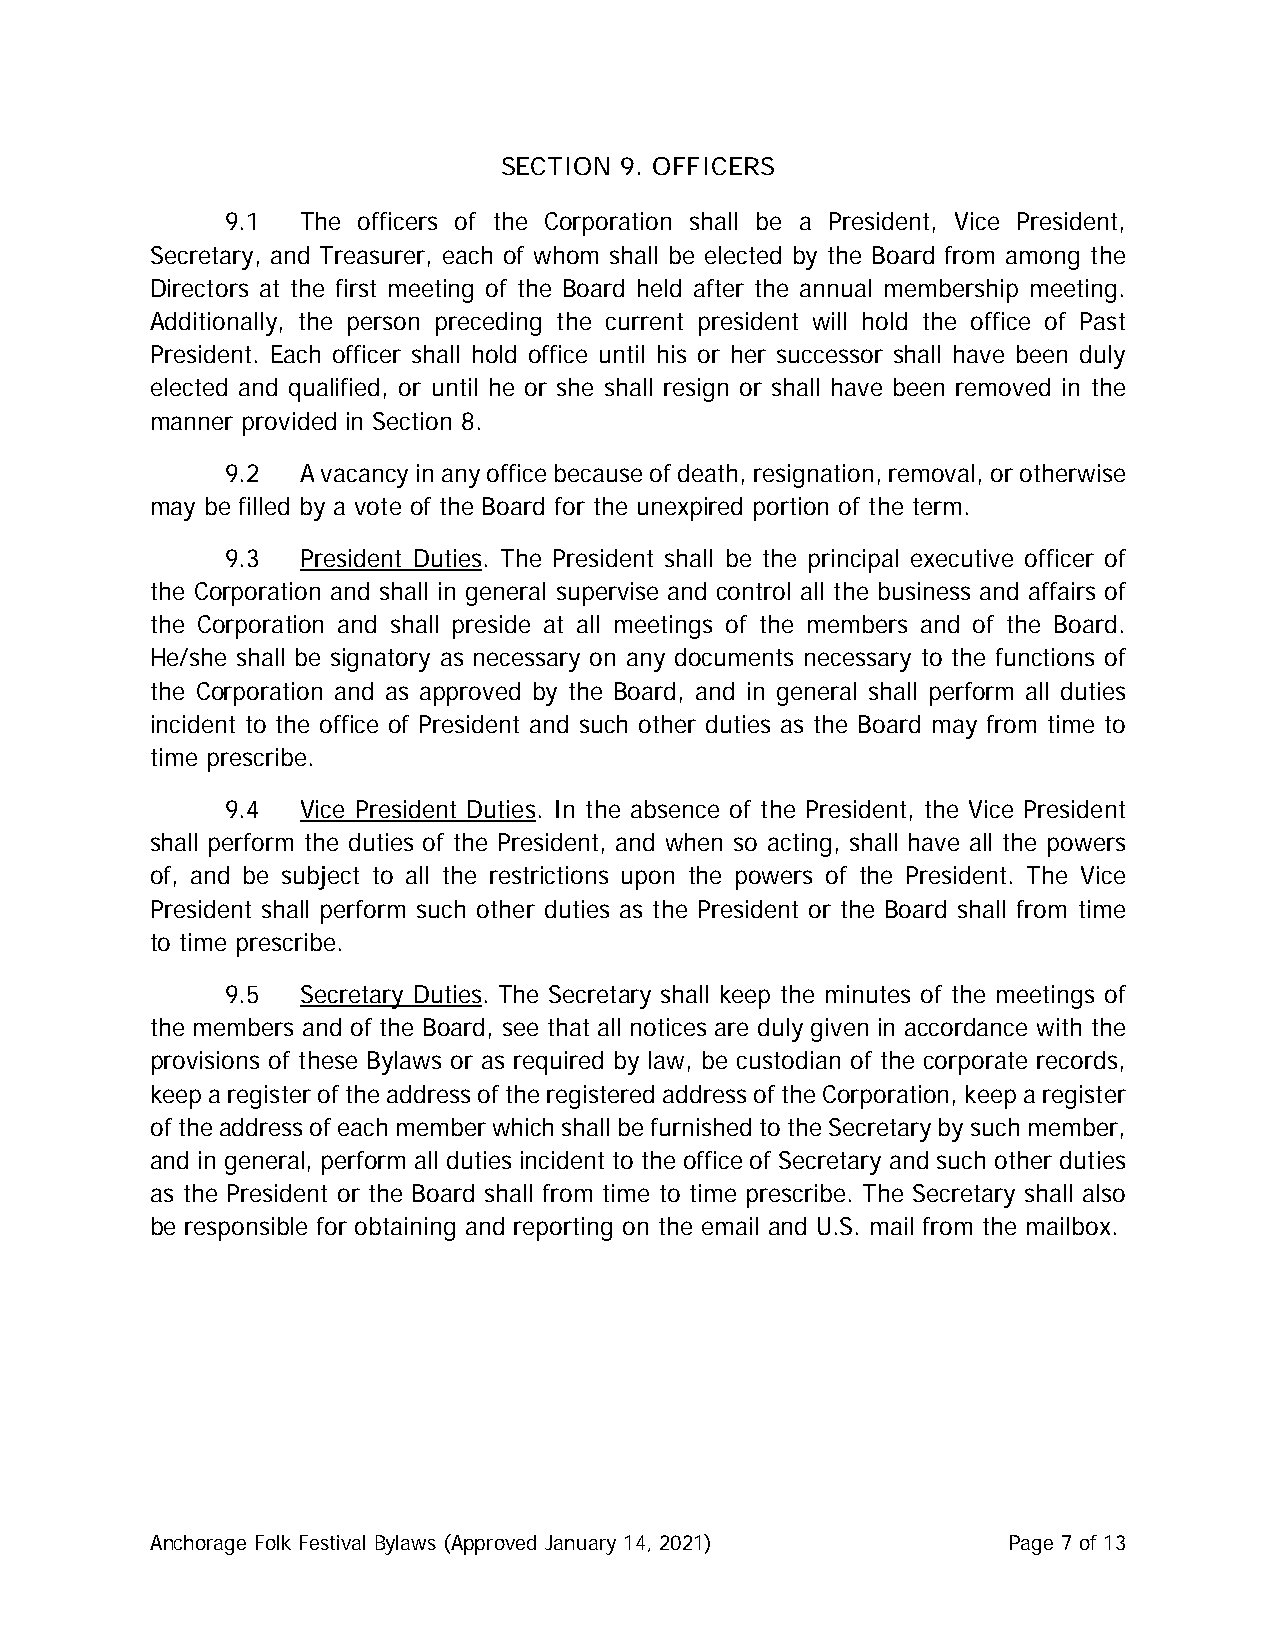
SECTION 9. OFFICERS
 9.1  The officers of the Corporation shall be a President, Vice President,
 Secretary, and Treasurer, each of whom shall be elected by the Board from among the
 Directors at the first meeting of the Board held after the annual membership meeting.
 Additionally, the person preceding the current president will hold the office of Past
 President. Each officer shall hold office until his or her successor shall have been duly
 elected and qualified, or until he or she shall resign or shall have been removed in the
 manner provided in Section 8.
 9.2  A vacancy in any office because of death, resignation, removal, or otherwise
 may be filled by a vote of the Board for the unexpired portion of the term.
 9.3  President Duties. The President shall be the principal executive officer of
 the Corporation and shall in general supervise and control all the business and affairs of
 the Corporation and shall preside at all meetings of the members and of the Board.
 He/she shall be signatory as necessary on any documents necessary to the functions of
 the Corporation and as approved by the Board, and in general shall perform all duties
 incident to the office of President and such other duties as the Board may from time to
 time prescribe.
 9.4  Vice President Duties. In the absence of the President, the Vice President
 shall perform the duties of the President, and when so acting, shall have all the powers
 of, and be subject to all the restrictions upon the powers of the President. The Vice
 President shall perform such other duties as the President or the Board shall from time
 to time prescribe.
 9.5  Secretary Duties. The Secretary shall keep the minutes of the meetings of
 the members and of the Board, see that all notices are duly given in accordance with the
 provisions of these Bylaws or as required by law, be custodian of the corporate records,
 keep a register of the address of the registered address of the Corporation, keep a register
 of the address of each member which shall be furnished to the Secretary by such member,
 and in general, perform all duties incident to the office of Secretary and such other duties
 as the President or the Board shall from time to time prescribe. The Secretary shall also
 be responsible for obtaining and reporting on the email and U.S. mail from the mailbox.
 Anchorage Folk Festival Bylaws (Approved January 14, 2021) Page 7 of 13